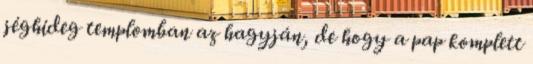
jéghideg templomban az hagyján, de hogy a pap komplett